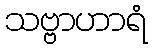
သဗ္ဗာဟာရံ